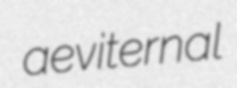
aeviternal